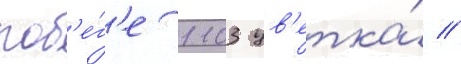
поб'е́г'е 1103 цв'етка́ //